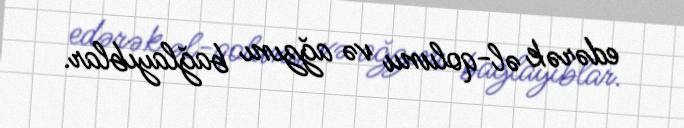
edərək əl-qolunu və ağzını bağlayıblar.